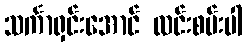
သင်္ကာရှင်းအောင် လင်းစမ်းပါ